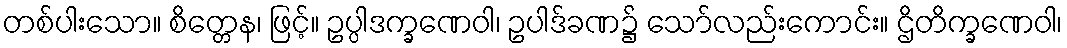
တစ်ပါးသော။ စိတ္တေန၊ ဖြင့်။ ဥပ္ပါဒက္ခဏေဝါ၊ ဥပါဒ်ခဏ၌ သော်လည်းကောင်း။ ဌိတိက္ခဏေဝါ၊